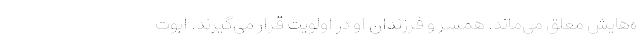
ه‌هایش معلق می‌ماند. همسر و فرزندان او در اولویت قرار می‌گیرند. ابوت